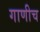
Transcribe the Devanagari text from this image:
गाणीच